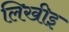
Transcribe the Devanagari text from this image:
लिखीइ